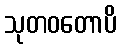
သုတဝတောပိ